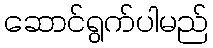
ဆောင်ရွက်ပါမည်